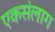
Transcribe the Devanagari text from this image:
एकसंलाग